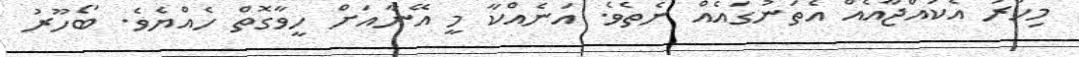
މިހާރު އެކުއްޖާއެއް އެތަނުގައެއް ނެތެވެ. އަނެއްކާ މީ އޭނާއަށް ހީވާގޮތް ހެއްޔެވެ. ބޯހޫރު